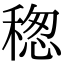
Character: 𥠡